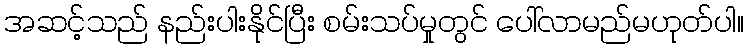
အဆင့်သည် နည်းပါးနိုင်ပြီး စမ်းသပ်မှုတွင် ပေါ်လာမည်မဟုတ်ပါ။